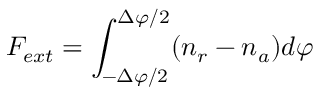
F _ { e x t } = \int _ { - \Delta \varphi / 2 } ^ { \Delta \varphi / 2 } ( n _ { r } - n _ { a } ) d \varphi